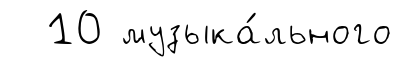
10 музыка́льного